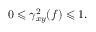
0 \leqslant \gamma _ { x y } ^ { 2 } ( f ) \leqslant 1 .